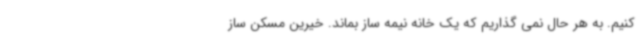
کنیم. به هر حال نمی گذاریم که یک خانه نیمه ساز بماند. خیرین مسکن ساز